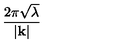
\frac { 2 \pi \sqrt { \lambda } } { | \mathbf { k } | }